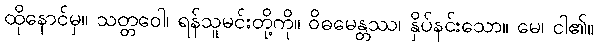
ထိုနောင်မှ။ သတ္တဝေါ၊ ရန်သူမင်းတို့ကို။ ဝိဓမေန္တဿ၊ နှိပ်နင်းသော။ မေ၊ ငါ၏။